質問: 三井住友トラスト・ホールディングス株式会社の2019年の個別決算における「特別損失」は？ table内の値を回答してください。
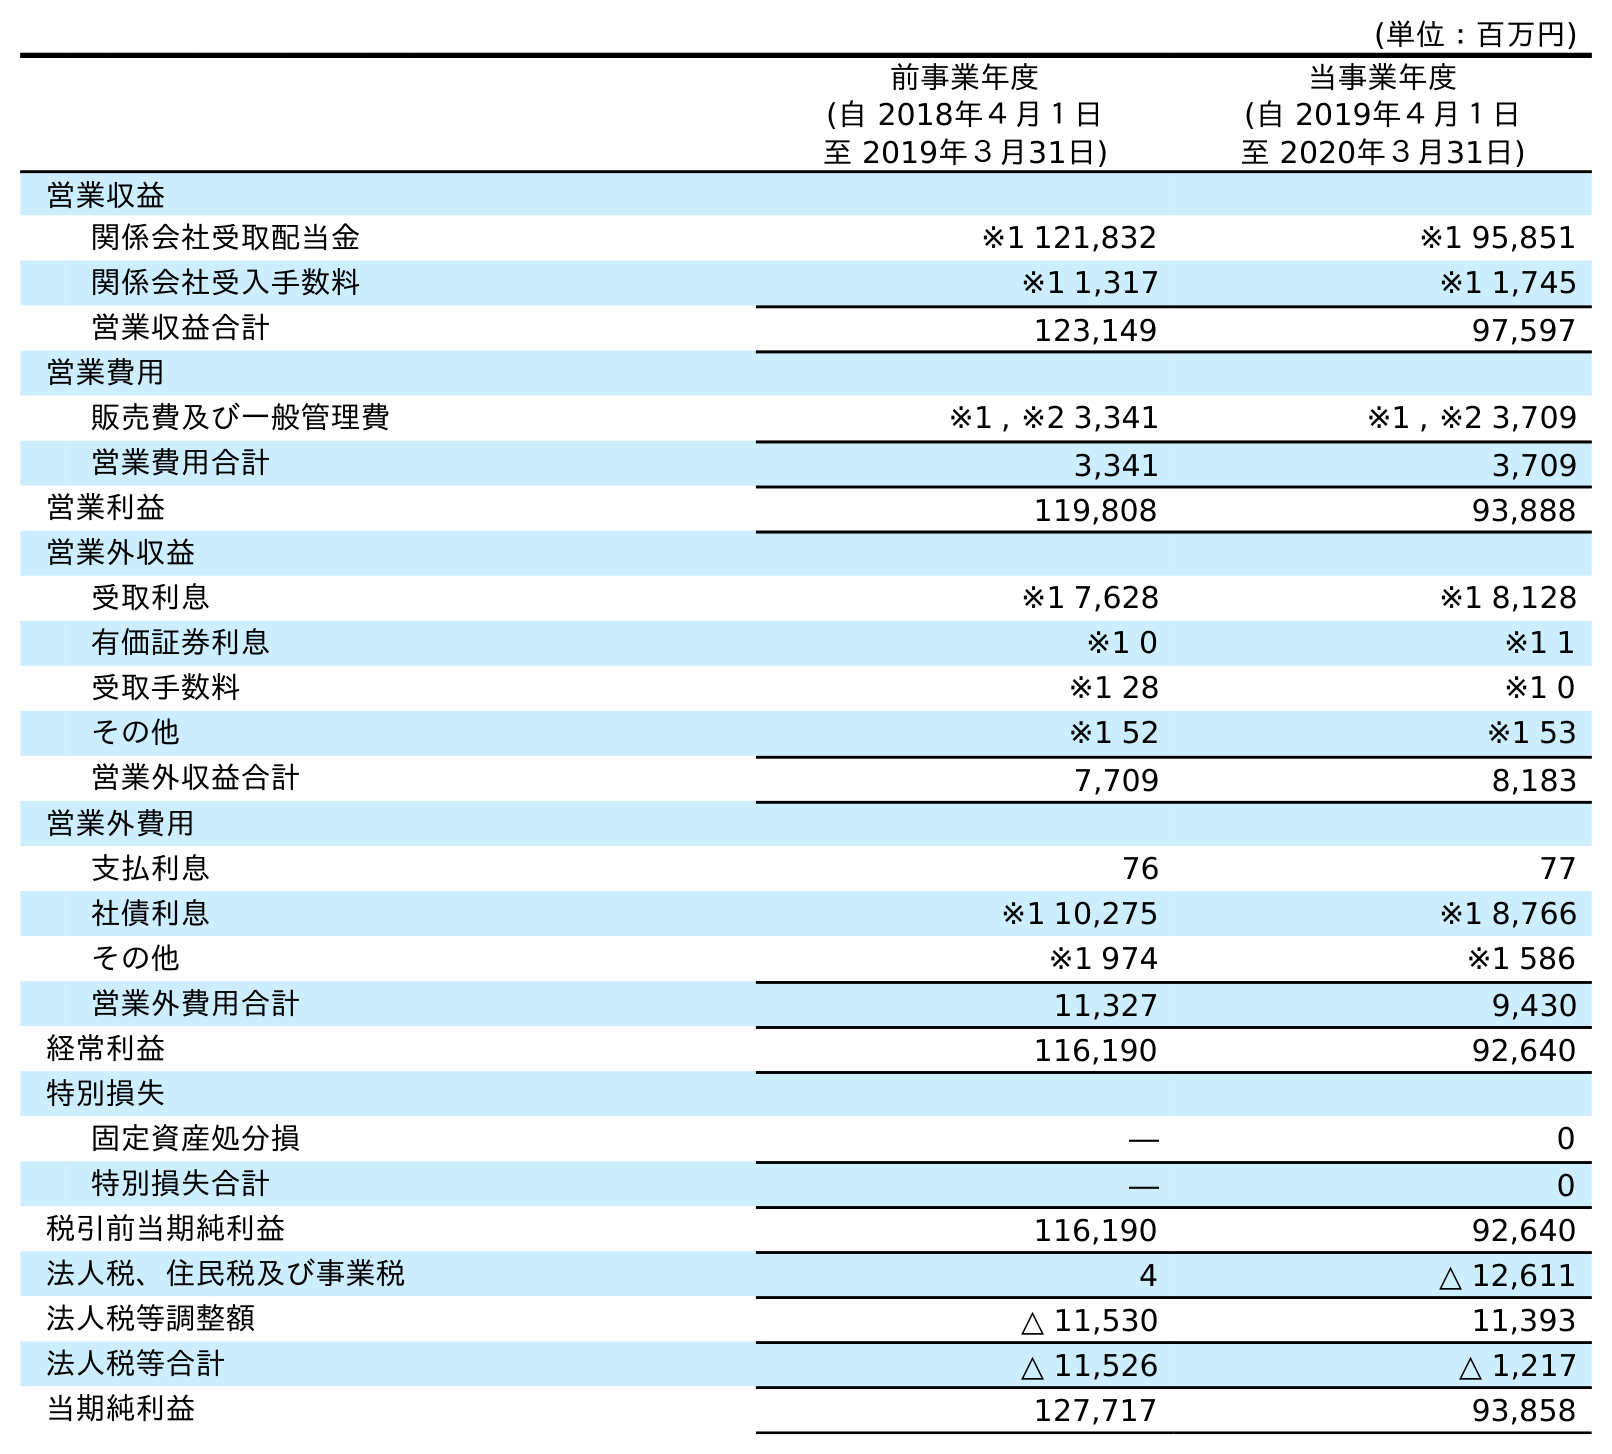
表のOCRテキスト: (単位：百万円) 前事業年度 (自 2018年４月１日 至 2019年３月31日) 当事業年度 (自 2019年４月１日 至 2020年３月31日) 営業収益 関係会社受取配当金 ※1 121,832 ※1 95,851 関係会社受入手数料 ※1 1,317 ※1 1,745 営業収益合計 123,149 97,597 営業費用 販売費及び一般管理費 ※1 , ※2 3,341 ※1 , ※2 3,709 営業費用合計 3,341 3,709 営業利益 119,808 93,888 営業外収益 受取利息 ※1 7,628 ※1 8,128 有価証券利息 ※1 0 ※1 1 受取手数料 ※1 28 ※1 0 その他 ※1 52 ※1 53 営業外収益合計 7,709 8,183 営業外費用 支払利息 76 77 社債利息 ※1 10,275 ※1 8,766 その他 ※1 974 ※1 586 営業外費用合計 11,327 9,430 経常利益 116,190 92,640 特別損失 固定資産処分損 ― 0 特別損失合計 ― 0 税引前当期純利益 116,190 92,640 法人税、住民税及び事業税 4 △ 12,611 法人税等調整額 △ 11,530 11,393 法人税等合計 △ 11,526 △ 1,217 当期純利益 127,717 93,858
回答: ―